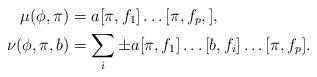
LaTeX: \begin{align*}\mu(\phi, \pi) &=a[\pi,f_1]\ldots [\pi,f_p,],\\\nu(\phi, \pi, b)&= \sum_i \pm a[\pi,f_1]\ldots [b,f_i] \ldots [\pi,f_p].\end{align*}